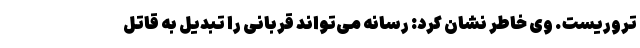
تروریست. وی خاطر نشان کرد: رسانه می‌تواند قربانی را تبدیل به قاتل